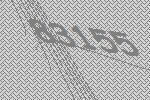
83155